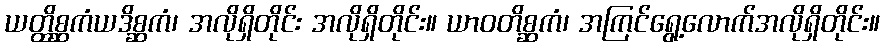
ယတ္ထိစ္ဆကံယဒိစ္ဆကံ၊ အလိုရှိတိုင်း အလိုရှိတိုင်း။ ယာဝတိစ္ဆကံ၊ အကြင်ရွေ့လောက်အလိုရှိတိုင်း။